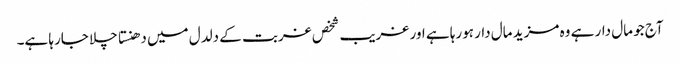
آج جو مال دار ہے وہ مزید مال دار ہورہا ہے اور غریب شخص غربت کے دلدل میں دھنستا چلا جارہا ہے۔